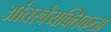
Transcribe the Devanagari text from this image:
आंतरवैयक्तिकता